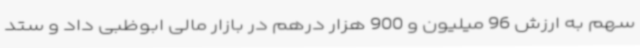
سهم به ارزش 96 میلیون و 900 هزار درهم در بازار مالی ابوظبی داد و ستد